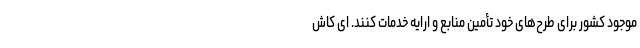
موجود کشور برای طرح‌های خود تأمین منابع و ارایه خدمات کنند. ای کاش